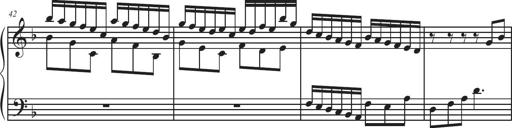
Title: Sonatina Espania
Composer: Jerald Franklin Archer
Key: Various